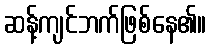
ဆန့်ကျင်ဘက်ဖြစ်နေ၏။